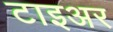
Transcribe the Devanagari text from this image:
टाइअर